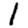
Digit: 1